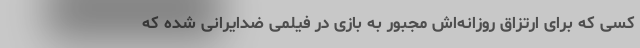
کسی که برای ارتزاق روزانه‌اش مجبور به بازی در فیلمی ضدایرانی شده که